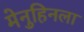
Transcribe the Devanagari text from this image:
मेनुहिनला